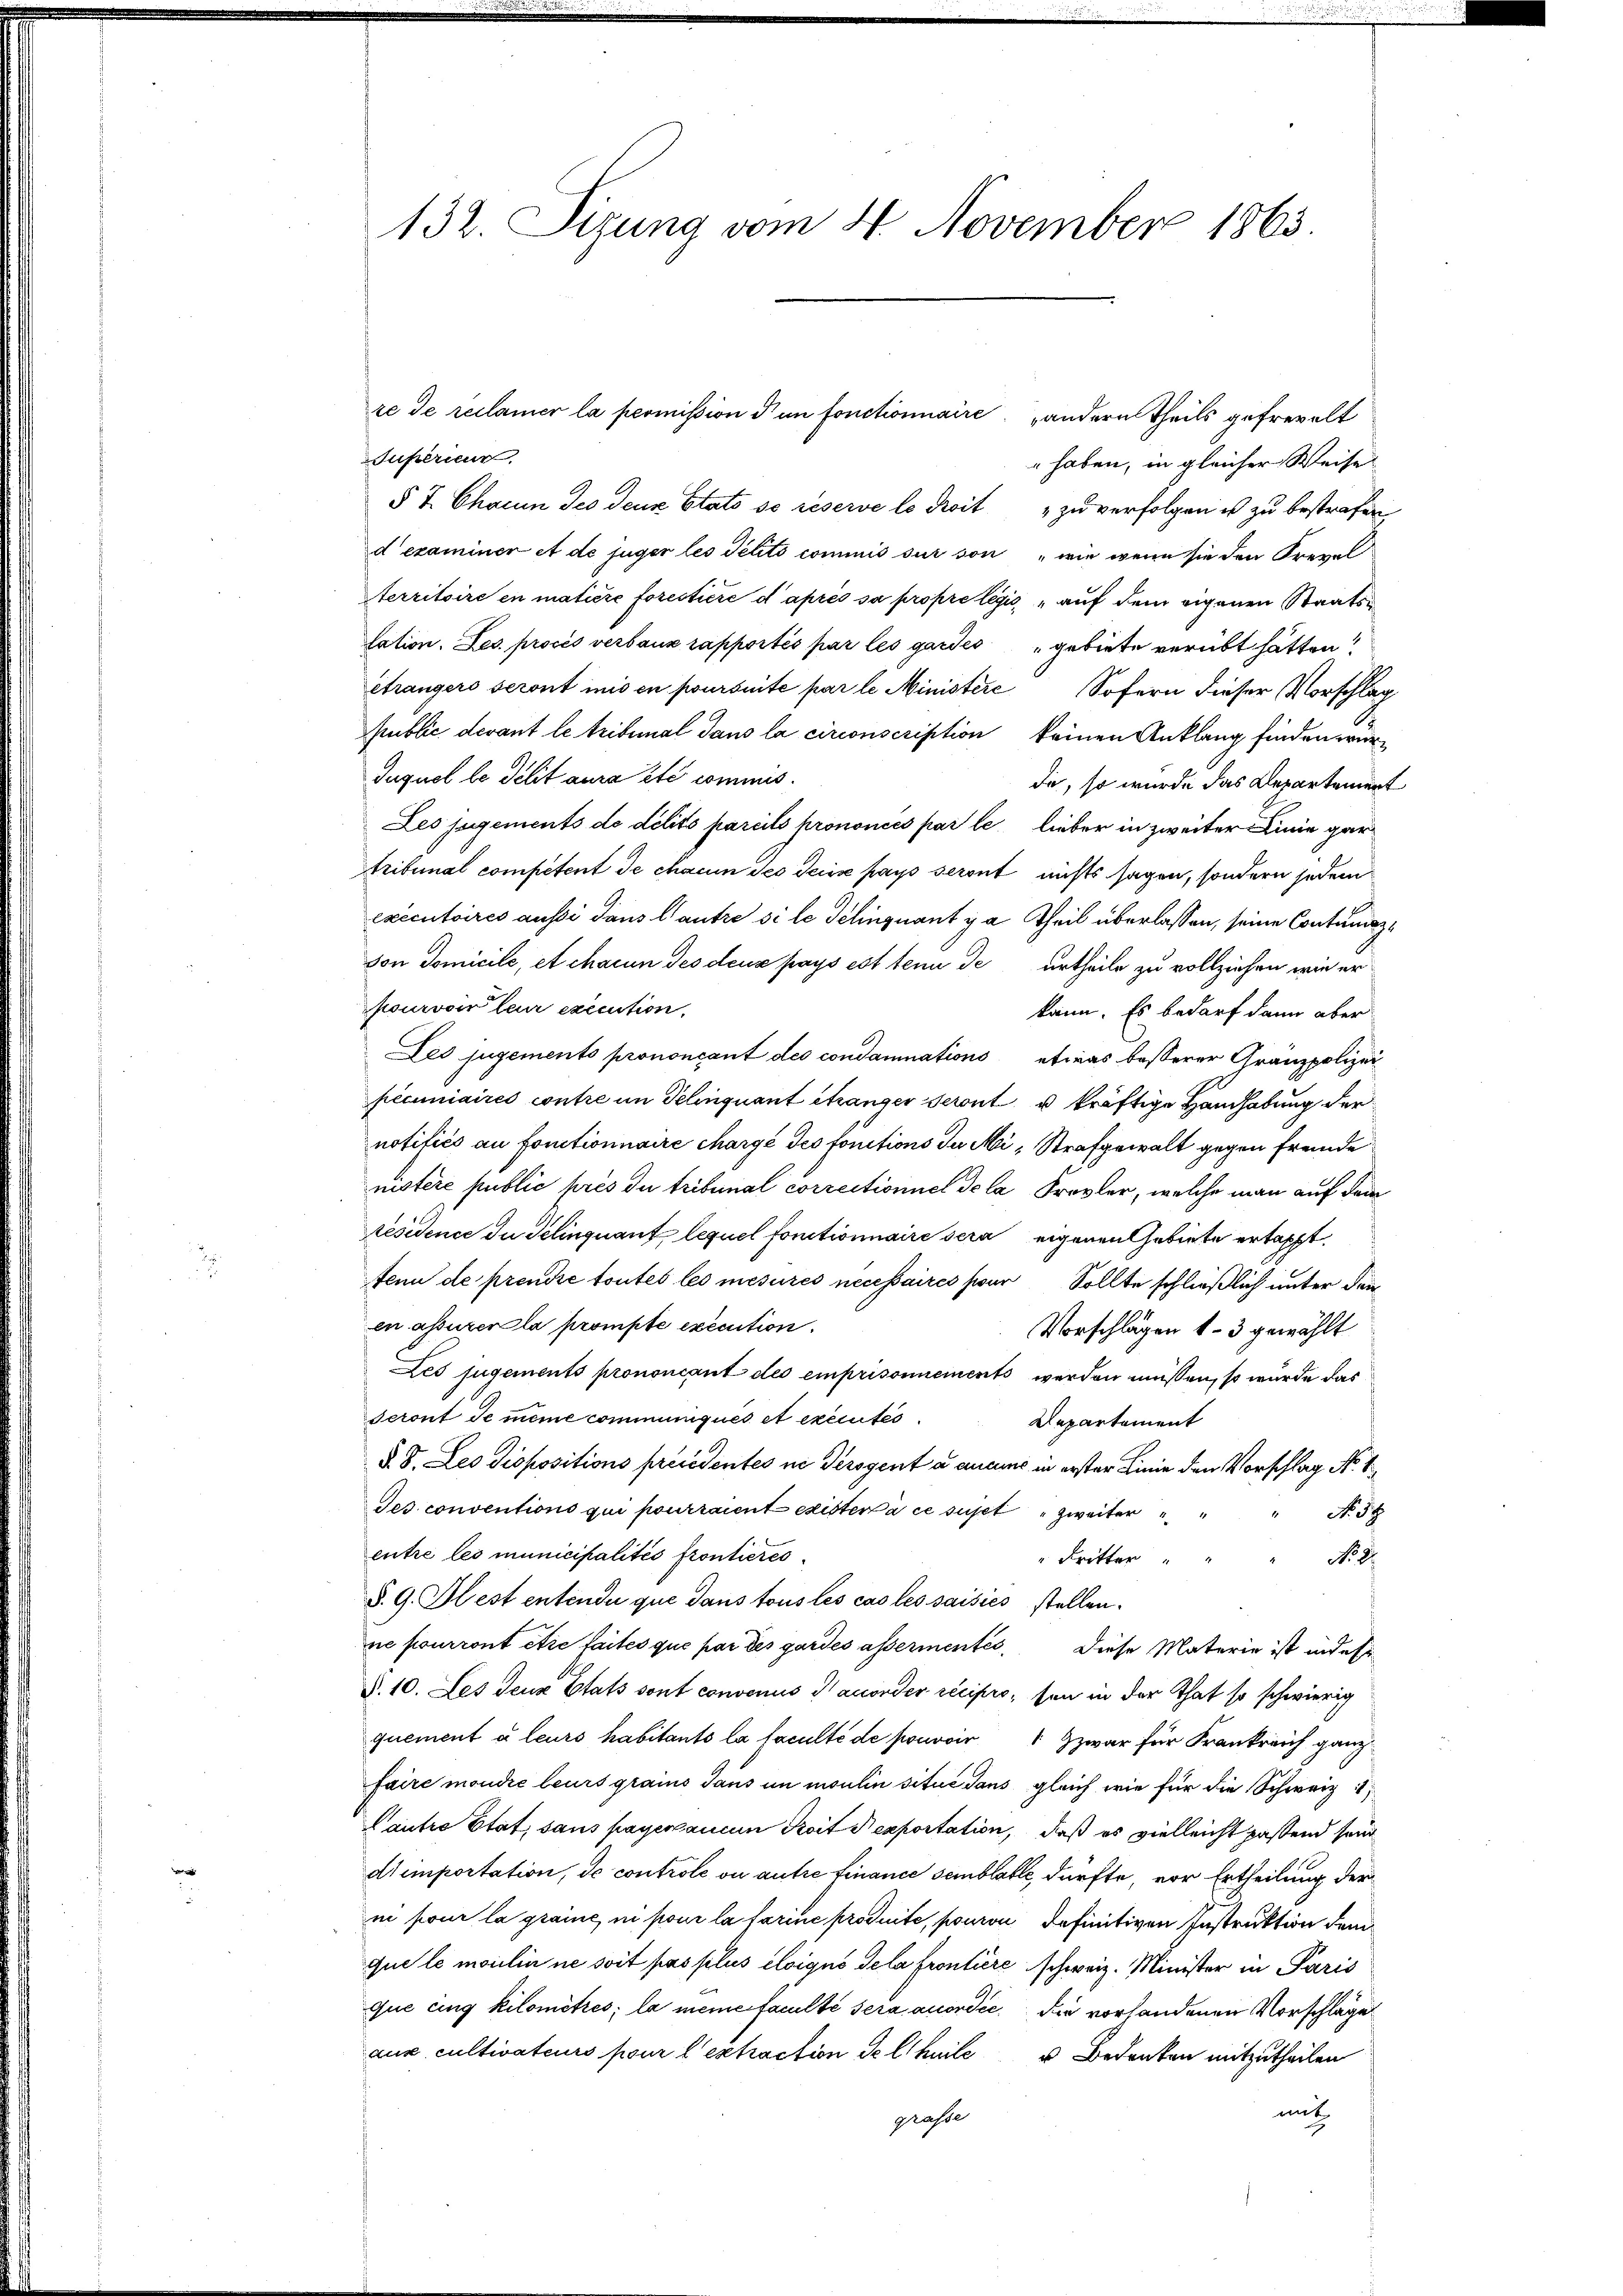
132. Sizung vom 4. November 1865

re de reclamer la promission den fonctionnaire, andern Theils gefrevelt
Jupérieur
 haben, in gleicher Weise
§ 7. Charin des deux Etats so réserve lo Freit zu verfolgen ist zu bestrafen
dexaminen et de juger les Petito commis sur son „wie wenn sie den Frevel
Aterritoire en matière forestiere d’après sa propre légis, auf dem eigenen Staatslation. Les procès verbaux rapportés par les gardes gebiete verübt hätten
étrangers seront mis en poursuite par le Ministere Sofern dieser Vorschlag
public devant le tribunal dans la circonscription keinen Anklang finden wür¬
Juquel le délit aura été commisdie, so wurde das Departement
Les jugements de délits pareils prononcés par le lieber in zweiter Linie gar
Tribunal competent de chacun des Sein pays seront nichts sagen, sondern jedem
executoires aussi dans l’autre si le Gelinquant y a Theil überlassen, seine Contumazvon Domicile, et chacun des deux pays est tenu de urtheile zu vollziehen, wie er
pourvoir leur execution,
kann. Es bedarf dann aber
Led jugements prononcant des condamnations etwas besserer Granzpolizei
pecuniaires contre im Selinquant etzanger seront, u kräftige Handhabung der
notifiés au fonctionnaire chargé des fonctions Ju Mi, Strafgewalt gegen fremde
nistere public près du tribunal correctioniel de la Frevler, welche man auf dem
Residence du Selinquant lequel fonctionnaire sera eigenen Gebiete ertappt.
tenu de prendre toutes les mesures necessaires hier Sollte schließlich unter den
en assurer la prompte exécution.
Vorschlägen 13 gewählt
Les jugements prononcant des emprisonnements werden müssen, so wurde das
Seront de meine communiqués et executés
Departement
§. 8. Les dispositions précédentes ne Serogent a aucune in erster Linie den Vorschlag No. 1
Jes conventions qui pourraient exister à ce sujet zweiter
No 11.
entre les municipalités frontieres
No 21.
Fritter
§. 9. Hest entendu que dans tous les cas les saisies stellen.
ne pourront être faites que par des gardes assermentes diese Materie ist indes
§.10. Les deux Etats sont convenus Saccorder recipro, sei in der That so schwierig
quement à leurs habitants la faculté de pouvoir zwar für Frankreich ganz
faire mondre leurs grains Taus un insulin situé dans gleich wie für die Schweiz 1
Cautre Etat, sans payer aucun droit exportation, daß es vielleicht passend sein
Atemportation, de controle ou autre finance semblable, dürfte, vor Ertheilung der
ni pour la graine, ni pour la darine produite, pouron definitiven Instruktion dem
que le moulin ne soit pas plus éloigno dela frontiere schweiz. Minister in Paris
que ging kilomitres; la meine Faculté sera accordée, die vorhandenen Vorschläge
aux cultivateurs pour l’extraction de theile u Bedenken mitzutheilen
mit
graste